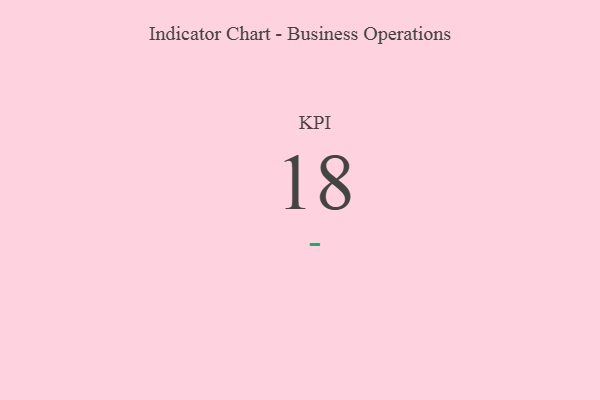
{"axis": {"x": "KPI", "y": "Value"}, "legend": [""], "data": [{"x": "KPI", "y": 18, "type": ""}]}